Eestimaa_Kommunistliku_Partei_Keskkomitee, lk 96
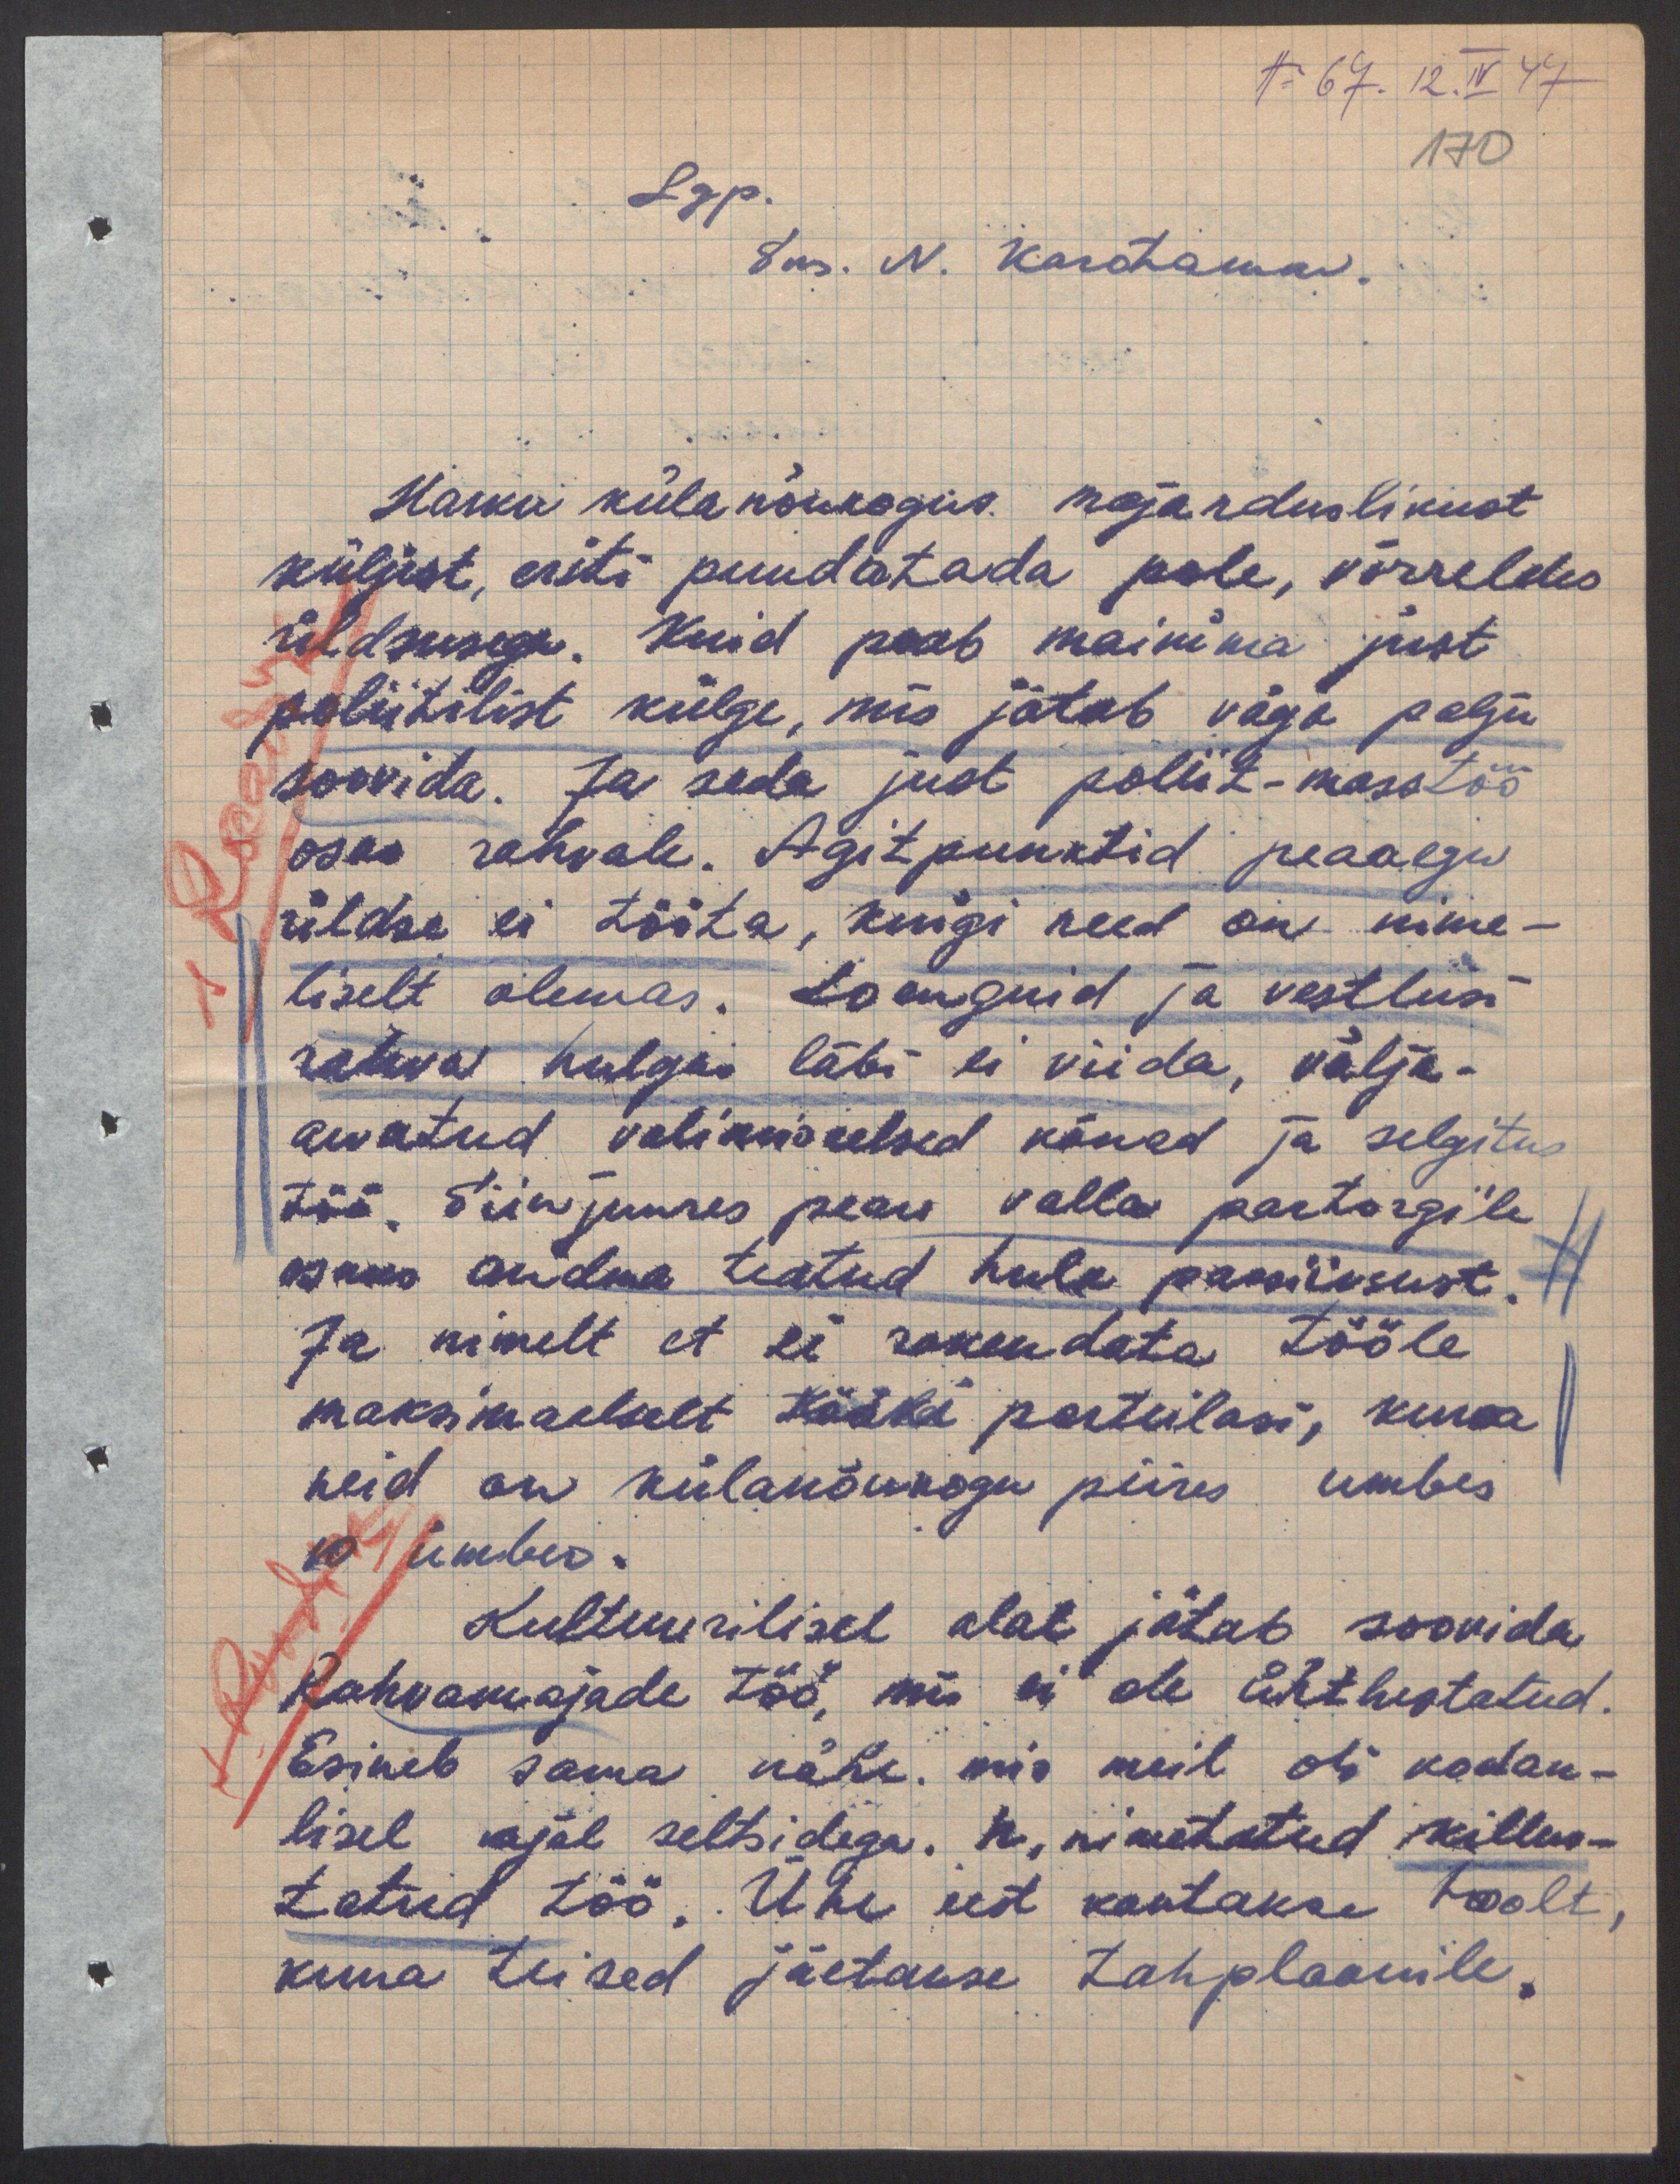
No 67. 12. IV 47
170
Lgp.
Sms. N. Karotamm.
Harku külanõukogus. Majanduslikust
küljest, eriti puudutada pole, võrreldes
üldsusega. Kuid peab mainima just
poliitilist külge, mis jätab väga palju
soovida. Ja seda just poliit-masstöö
osas rahvale. Agitpunktid peaaegu
üldse ei tööta, kuigi need on nime-
liselt olemas. Loenguid ja vestlusi
rahva hulgas läbi ei viida, välja-
arvatud valimiseelsed kõned ja selgitus
töö. Siin juures pean valla partorgile
osaks andma teatud hulk passiivsust.
Ja nimelt et ei rakendata tööle
maksimaalselt kõiki parteilasi, kuna
neid on külanõukogu piires umbes
10 ümber.
Kultuurilisel alal jätab soovida
Rahvamajade töö, mis ei ole ühtlustatud.
Esineb sama vähe, mis meil oli kodan-
lisel ajal seltsidega. N. nimetatud killus-
tatud töö. Ühe eest kantakse hoolt,
kuna teised jäetakse tahplaanile.